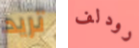
تريد رودلف